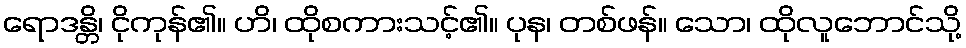
ရောဒန္တိ၊ ငိုကုန်၏။ ဟိ၊ ထိုစကားသင့်၏။ ပုန၊ တစ်ဖန်။ သော၊ ထိုလူဘောင်သို့